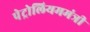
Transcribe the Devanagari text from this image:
पेट्रोलियममंत्री